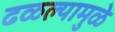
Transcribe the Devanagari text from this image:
ढळल्यामुळे